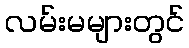
လမ်းမများတွင်